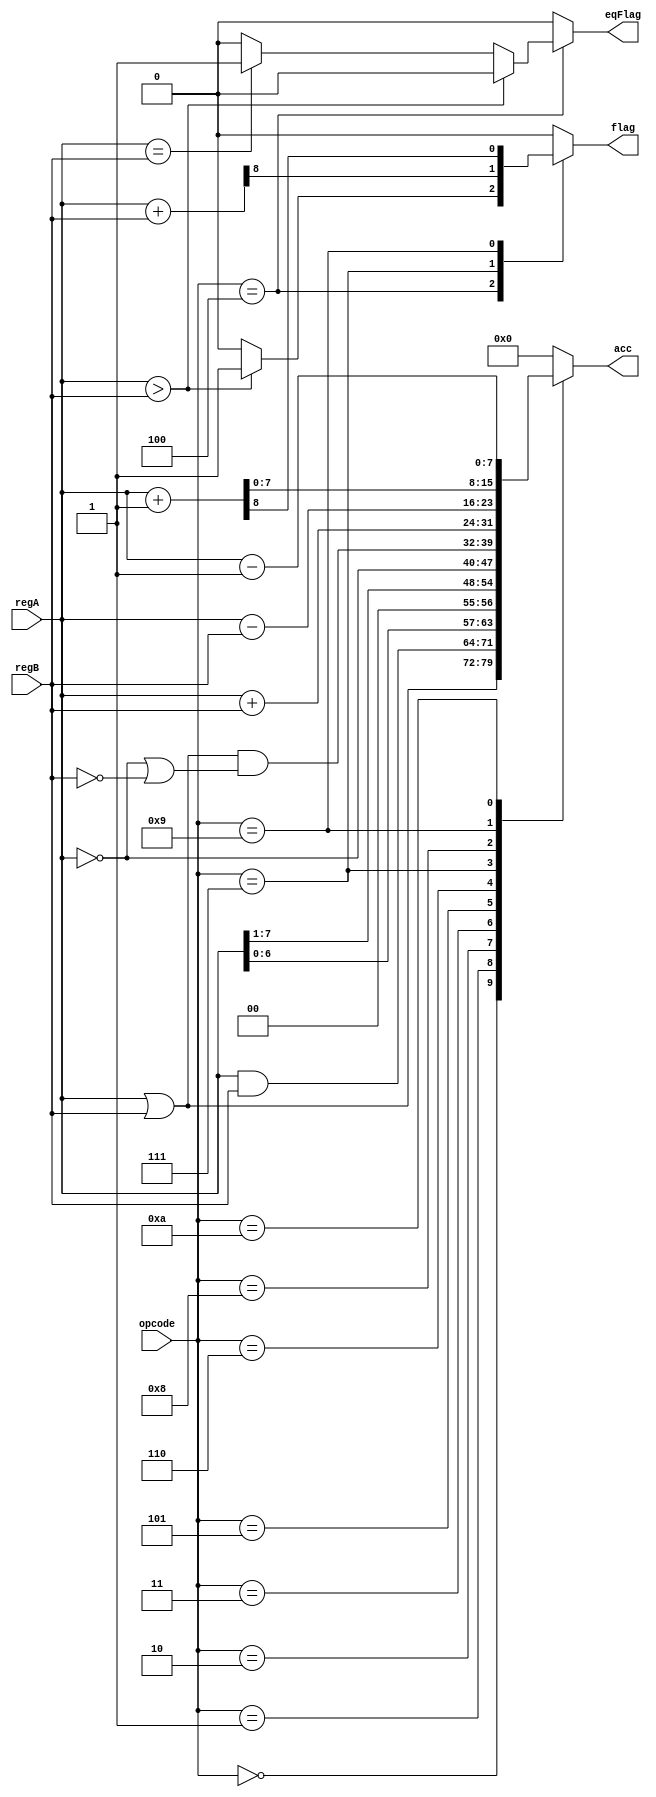
module Alu(input wire [3:0]opcode, input wire [7:0]regA, input wire [7:0]regB, output reg [7:0]acc, output reg flag, output reg eqFlag);
    reg [8:0]overflow;
 
    always @*
	begin
		flag = 0;
        eqFlag = 0;
		acc = 0;

		case(opcode)
			4'b0000: //or
			begin
				acc = regA | regB;
			end

			4'b0001: //and
			begin
				acc = regA & regB;
			end

			4'b0010: //shl
			begin
				acc = {regA[6:0], 1'b0};
			end

			4'b0011: //shr
			begin
				acc = {1'b0, regA[7:1]};
			end

			4'b0100: //cmp
			begin
				if(regA > regB)
					flag = 1;
     
                else if(regA == regB)
                    eqFlag = 1;
			end

			4'b0101: //not
			begin
				acc = ~regA;
			end

			4'b0110: //xor
			begin
				acc = ((regA | regB) & (~regA | ~regB));
			end

			4'b0111: //add
			begin
				acc = regA + regB;
                overflow = regA + regB;
                flag = overflow[8];
			end

			4'b1000: //sub
			begin
				acc = regA - regB;
			end
   
            4'b1001: //inc
            begin
                acc = regA + 1;
                overflow = regA + 1;
                flag = overflow[8];
            end
            
            4'b1010: //dec
            begin
                acc = regA - 1;
            end

			default:
			begin
				flag = 0;
                eqFlag = 0;
				acc = 8'b0;
			end
		endcase
	end
endmodule